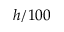
h / 1 0 0